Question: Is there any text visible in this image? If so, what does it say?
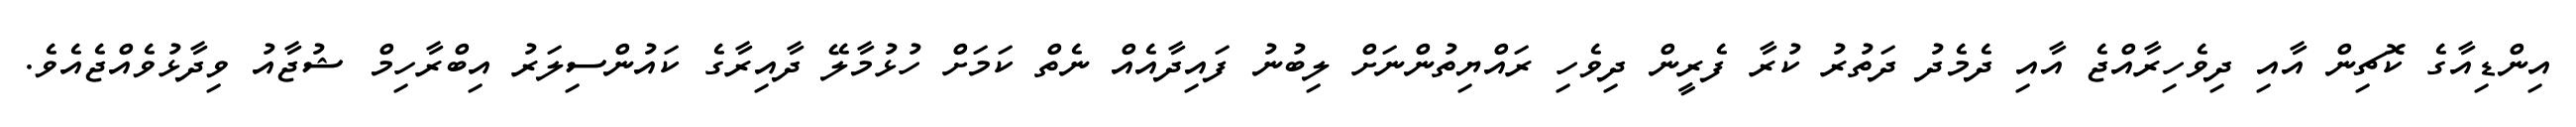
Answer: އިންޑިއާގެ ކޮޗިން އާއި ދިވެހިރާއްޖެ އާއި ދެމެދު ދަތުރު ކުރާ ފެރީން ދިވެހި ރައްޔިތުންނަށް ލިބުނު ފައިދާއެއް ނެތް ކަމަށް ހުޅުމާލޭ ދާއިރާގެ ކައުންސިލަރު އިބްރާހިމް ޝުޖާއު ވިދާޅުވެއްޖެއެވެ.